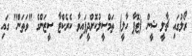
ރޯލުގައި ޗާލީ ޝީން (ޓޮޕާ ހާލީ) ތަމްސީލުކޮށްދީފައިވާ ކެރެކްޓާ ސީޒަންގެ "ވަތަން" ގައި